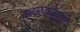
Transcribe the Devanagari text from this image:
काळकोठडी